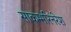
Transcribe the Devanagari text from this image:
साकम्भरिनरेश